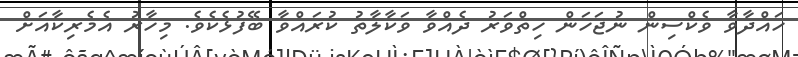
ހައްދާވާ ވެކްސިން ނުޖަހަން ހިތްވަރު ދެއްވާ ވަކާލާތު ކުރައްވާ ބޭފުޅެކެވެ. މިހާރު އެމެރިކާއަށް